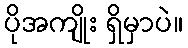
ပိုအကျိုး ရှိမှာပဲ။